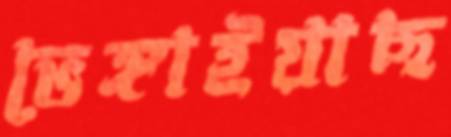
ভেঙ্গাইয়াছ